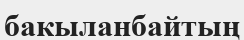
бакыланбайтың